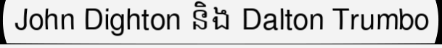
John Dighton និង Dalton Trumbo